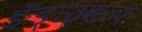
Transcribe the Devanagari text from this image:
ङॅङ्ळृश्ळ्फ्